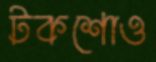
টকশোও